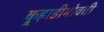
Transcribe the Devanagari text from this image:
कुर्‍हाडीभोवती